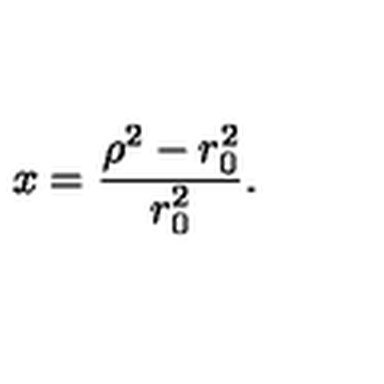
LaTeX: x = { \frac { { \rho } ^ { 2 } - r _ { 0 } ^ { 2 } } { r _ { 0 } ^ { 2 } } } .